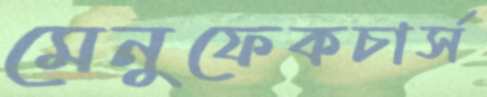
মেনুফেকচার্স